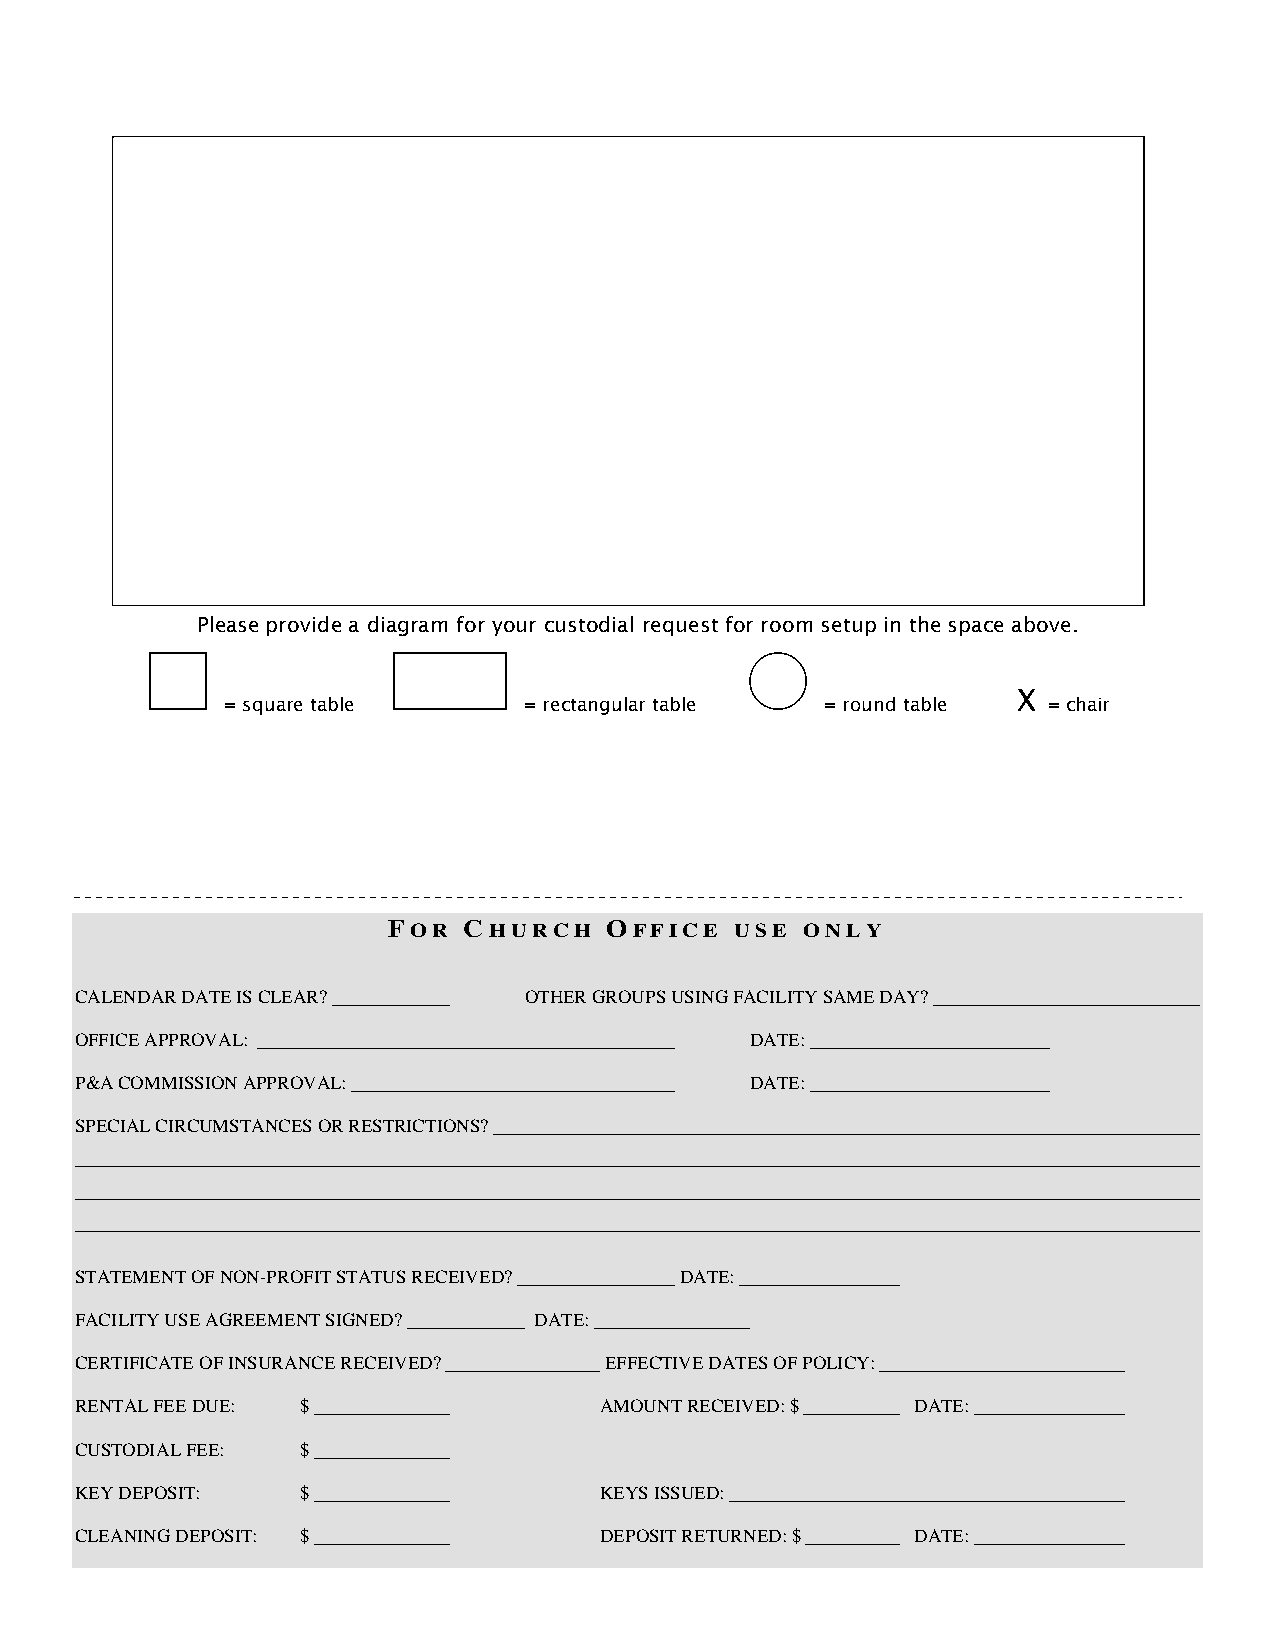
Please provide a diagram for your custodial request for room setup in the space above.
 X
 = square table      = rectangular table = round table = chair
 FOR  CHURCH   OFFICE   USE ONLY
 CALENDAR DATE IS CLEAR?       OTHER GROUPS USING FACILITY SAME DAY?
 OFFICE APPROVAL:                             DATE:
 P&A COMMISSION APPROVAL:                     DATE:
 SPECIAL CIRCUMSTANCES OR RESTRICTIONS?
 STATEMENT OF NON-PROFIT STATUS RECEIVED? DATE:
 FACILITY USE AGREEMENT SIGNED? DATE:
 CERTIFICATE OF INSURANCE RECEIVED? EFFECTIVE DATES OF POLICY:
 RENTAL FEE DUE: $                  AMOUNT RECEIVED: $   DATE:
 CUSTODIAL FEE: $
 KEY DEPOSIT:   $                   KEYS ISSUED:
 CLEANING DEPOSIT: $                DEPOSIT RETURNED: $  DATE: